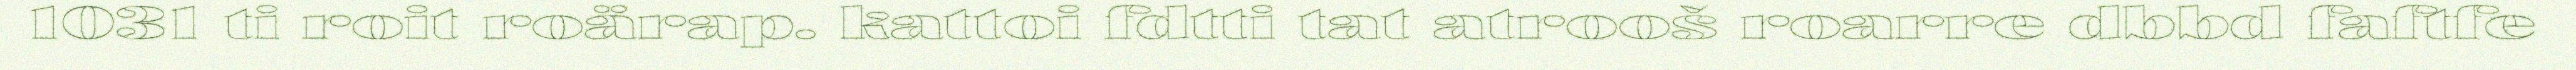
1031 ti roit roärap. kattoi fdtti tat atrooš roarre dbbd faftfe